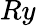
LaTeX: Ry